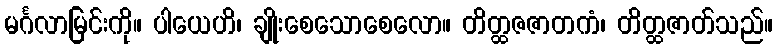
မင်္ဂလာမြင်းကို။ ပါယေဟိ၊ ချိုးစေသောစေလော။ တိတ္ထဇဇာတကံ၊ တိတ္ထဇာတ်သည်။